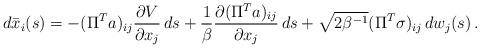
LaTeX: \begin{align*} d\bar{x}_i(s) = -(\Pi^Ta)_{ij} \frac{\partial V}{\partial x_j}\, ds + \frac{1}{\beta} \frac{\partial (\Pi^Ta)_{ij}}{\partial x_j}\, ds + \sqrt{2\beta^{-1}} (\Pi^T\sigma)_{ij}\, dw_j(s)\,. \end{align*}